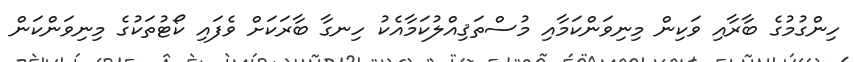
ހިންގުމުގެ ބާރާއި ވަކިން މިނިވަންކަމާއި މުސްތަޤިއްލުކަމާއެކު ހިނގާ ބާރަކަށް ވެފައި ކޯޓުތަކުގެ މިނިވަންކަން